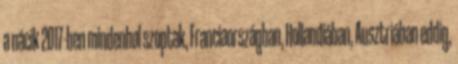
a nácik 2017-ben mindenhol szoptak, Franciaországban, Hollandiában, Ausztriában eddig,